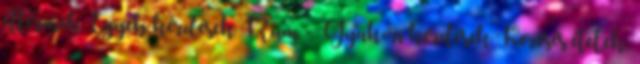
éttermek Egyéb kérdések Rum - Gyakori kérdések Keresés ételek,